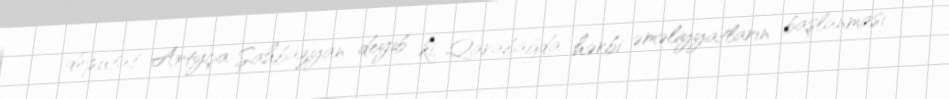
deputat Artyça Şahbazyan deyib ki, Qarabağda hərbi əməliyyatların başlanması